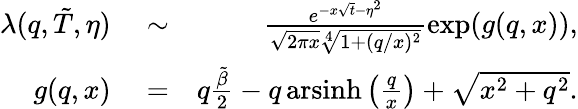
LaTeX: \begin{array}{rlr}{\lambda(q,\tilde{T},\eta)}&{{}\sim}&{\frac{e^{-x\sqrt{t}-\eta^{2}}}{\sqrt{2\pi x}\sqrt[4]{1+(q/x)^{2}}}\exp(g(q,x)),}\\ {g(q,x)}&{{}=}&{q\frac{\tilde{\beta}}{2}-q\, \mathrm{arsinh}\left(\frac{q}{x}\right)+\sqrt{x^{2}+q^{2}}.}\end{array}